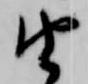
由